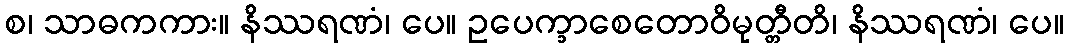
စ၊ သာဓကကား။ နိဿရဏံ၊ ပေ။ ဥပေက္ခာစေတောဝိမုတ္တီတိ၊ နိဿရဏံ၊ ပေ။